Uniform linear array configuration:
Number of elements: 64
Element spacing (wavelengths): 0.25
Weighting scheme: cosine
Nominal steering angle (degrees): -30
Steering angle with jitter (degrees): -30.198
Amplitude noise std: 0.05
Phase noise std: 0.05

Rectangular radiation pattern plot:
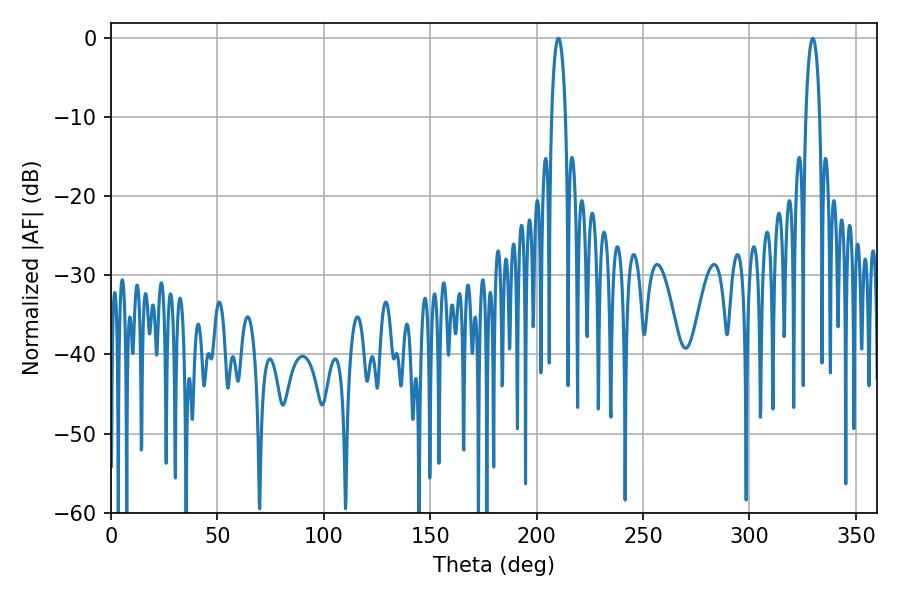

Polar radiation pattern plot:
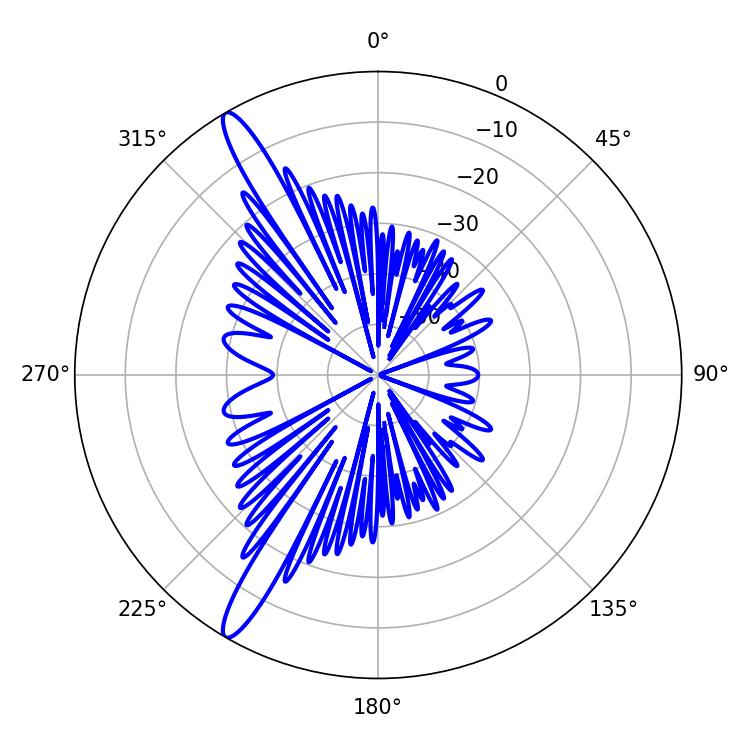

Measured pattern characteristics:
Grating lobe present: FALSE
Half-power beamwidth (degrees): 3.6
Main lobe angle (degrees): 210.24